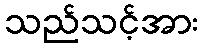
သည်သင့်အား